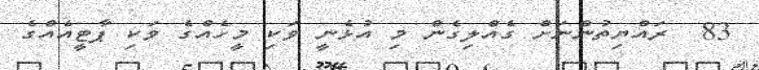
83  ރައްޔިތުންނަށް ގެއްލިގެން މި އުޅެނީ ވަކި މީހެއްގެ ވަކި ޕާޓީއެއްގެ